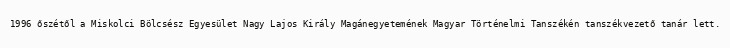
1996 őszétől a Miskolci Bölcsész Egyesület Nagy Lajos Király Magánegyetemének Magyar Történelmi Tanszékén tanszékvezető tanár lett.